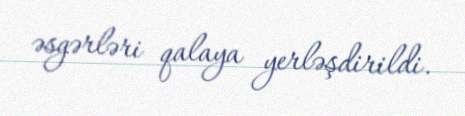
əsgərləri qalaya yerləşdirildi.